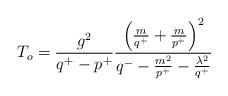
\begin{align*}T_o = \frac{g^2}{q^+-p^+}\frac{\left(\frac{m}{q^+}+\frac{m}{p^+}\right)^2}{q^- - \frac{m^2}{p^+} - \frac{\lambda^2}{q^+} }\end{align*}